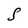
Character: S